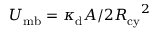
U _ { \mathrm { m b } } = \kappa _ { \mathrm { d } } A / 2 { R _ { \mathrm { c y } } } ^ { 2 }